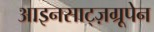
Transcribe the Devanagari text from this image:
आइनसाट्ज़ग्रूपेन